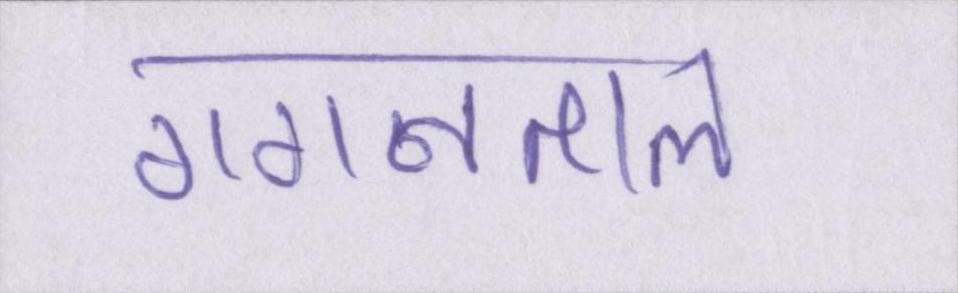
गगनताल